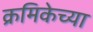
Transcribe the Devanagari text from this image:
क्रमिकेच्या